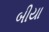
બીયા